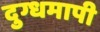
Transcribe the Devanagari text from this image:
दुग्धमापी